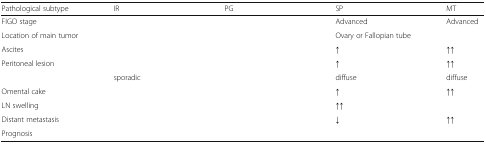
<table><thead><tr><td><b>Pathological subtype</b></td><td><b>IR</b></td><td><b>PG</b></td><td><b>SP</b></td><td><b>MT</b></td></tr></thead><tbody><tr><td>FIGO stage</td><td>[EMPTY_CELL]</td><td>[EMPTY_CELL]</td><td>Advanced</td><td>Advanced</td></tr><tr><td>Location of main tumor</td><td>[EMPTY_CELL]</td><td>[EMPTY_CELL]</td><td>Ovary or Fallopian tube</td><td>[EMPTY_CELL]</td></tr><tr><td>Ascites</td><td>[EMPTY_CELL]</td><td>[EMPTY_CELL]</td><td>↑</td><td>↑↑</td></tr><tr><td rowspan="2">Peritoneal lesion</td><td>[EMPTY_CELL]</td><td>[EMPTY_CELL]</td><td>↑</td><td>↑↑</td></tr><tr><td>sporadic</td><td>[EMPTY_CELL]</td><td>diffuse</td><td>diffuse</td></tr><tr><td>Omental cake</td><td>[EMPTY_CELL]</td><td>[EMPTY_CELL]</td><td>↑</td><td>↑↑</td></tr><tr><td>LN swelling</td><td>[EMPTY_CELL]</td><td>[EMPTY_CELL]</td><td>↑↑</td><td>[EMPTY_CELL]</td></tr><tr><td>Distant metastasis</td><td>[EMPTY_CELL]</td><td>[EMPTY_CELL]</td><td>↓</td><td>↑↑</td></tr><tr><td>Prognosis</td><td>[EMPTY_CELL]</td><td>[EMPTY_CELL]</td><td>[EMPTY_CELL]</td><td>[EMPTY_CELL]</td></tr></tbody></table>